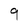
Character: 9